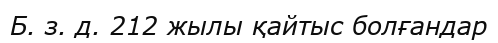
Б. з. д. 212 жылы қайтыс болғандар